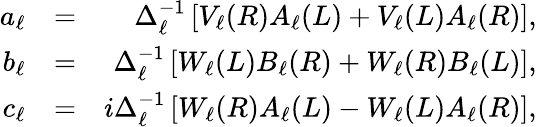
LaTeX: \begin{array}{rlr}{a_{\ell}}&{=}&{\Delta_{\ell}^{-1}\left[V_{\ell}(R)A_{\ell}(L)+V_{\ell}(L)A_{\ell}(R)\right],}\\ {b_{\ell}}&{=}&{\Delta_{\ell}^{-1}\left[W_{\ell}(L)B_{\ell}(R)+W_{\ell}(R)B_{\ell}(L)\right],}\\ {c_{\ell}}&{=}&{i\Delta_{\ell}^{-1}\left[W_{\ell}(R)A_{\ell}(L)-W_{\ell}(L)A_{\ell}(R)\right],}\end{array}